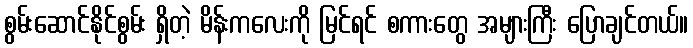
စွမ်းဆောင်နိုင်စွမ်း ရှိတဲ့ မိန်းကလေးကို မြင်ရင် စကားတွေ အများကြီး ပြောချင်တယ်။